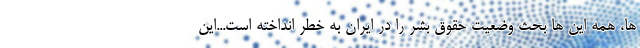
ها، همه این ها بحث وضعیت حقوق بشر را در ایران به خطر انداخته است...این